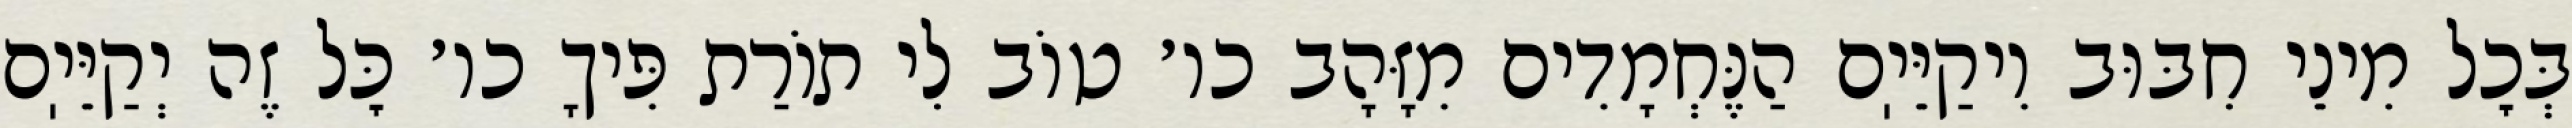
בְּכׇל מִינֵי חִבּוּב וִיקַיֵּיֽם הַנֶּחְמָדִים מִזָּהָב כו׳ טוֹב לִי תוֹרַת פִּיךָ כו׳ כׇּל זֶה יְקַיֵּיֽם